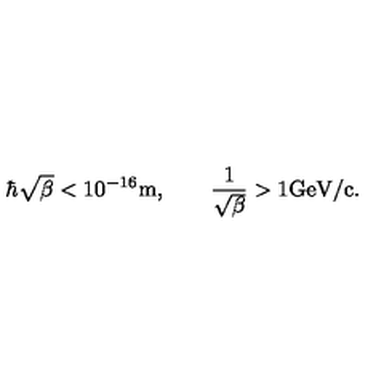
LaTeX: \hbar \sqrt { \beta } < 1 0 ^ { - 1 6 } \mathrm { m } , \qquad \frac { 1 } { \sqrt { \beta } } > 1 \mathrm { G e V / c } .